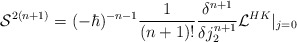
\begin{align*}{\cal S}^{2(n+1)}=(-\hbar)^{-n-1}\frac 1{(n+1)!}\frac {\delta^{n+1}}{\delta j_2^{n+1}} {\cal L}^{HK}\vert_{j=0}\end{align*}